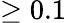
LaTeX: \geq 0.1